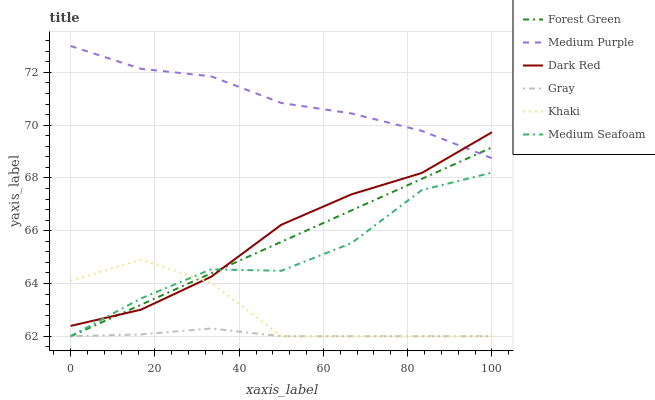
| xaxis_label | Forest Green | Medium Purple | Dark Red | Gray | Khaki | Medium Seafoam |
 | --- | --- | --- | --- | --- | --- | --- |
 | 0 | 62 | 73 | 62.4 | 62 | 64.1 | 62 |
 | 16.7 | 63.2 | 72.1 | 63 | 62.1 | 64.9 | 63.4 |
 | 33.3 | 64.4 | 71.9 | 64.3 | 62.3 | 64 | 64.5 |
 | 50 | 65.6 | 70.8 | 66.2 | 62 | 62 | 64.5 |
 | 66.7 | 66.8 | 70.4 | 67.4 | 62 | 62 | 65.5 |
 | 83.3 | 68 | 69.8 | 68.2 | 62 | 62 | 67.5 |
 | 100 | 69.2 | 68.7 | 69.7 | 62 | 62 | 68.2 |